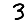
Digit: 3